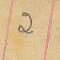
2